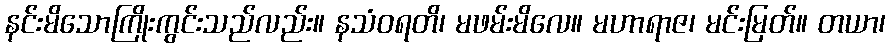
နင်းမိသောကြိုးကွင်းသည်လည်း။ နသံဝရတိ၊ မဖမ်းမိလေ။ မဟာရာဇ၊ မင်းမြတ်။ တယာ၊